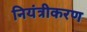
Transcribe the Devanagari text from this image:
नियंत्रीकरण